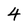
Character: 4